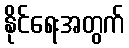
နိုင်ရေးအတွက်